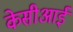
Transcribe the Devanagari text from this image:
केसीआई